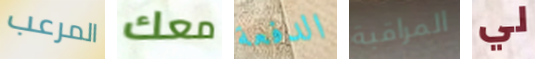
المرعب معك الدفعة المراقبة لي